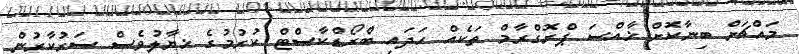
މައްޗަށް ބިނާކޮށް ޚާއްސަ ޕްރޮގްރާމް ތަކެއް ހަދައި ބްރޯޑްކާސްޓް ކުރުމުގެ ޚިޔާލުވެސް ސަރުކާރުން